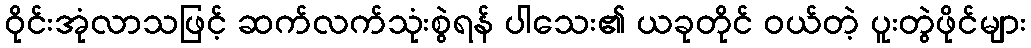
ဝိုင်းအုံလာသဖြင့် ဆက်လက်သုံးစွဲရန် ပါသေး၏ ယခုတိုင် ဝယ်တဲ့ ပူးတွဲဖိုင်များ